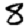
Digit: 8